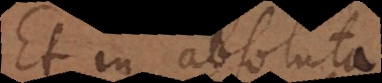
Et in absoluta